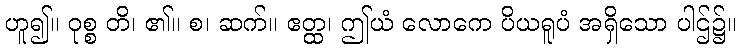
ဟူ၍။ ဝုစ္စ တိ၊ ၏။ စ၊ ဆက်။ ဧတ္ထ၊ ဤယံ လောကေ ပိယရူပံ အရှိသော ပါဌ်၌။